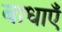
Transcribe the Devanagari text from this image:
बाधाऍं